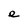
Character: e